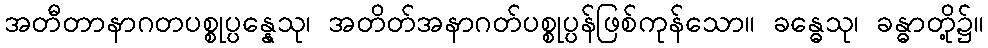
အတီတာနာဂတပစ္စုပ္ပန္နေသု၊ အတိတ်အနာဂတ်ပစ္စုပ္ပန်ဖြစ်ကုန်သော။ ခန္ဓေသု၊ ခန္ဓာတို့၌။